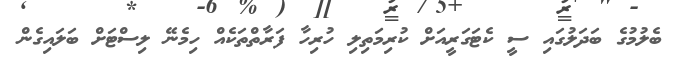
ބެލުމުގެ ބަދަލުގައި ސީ ކެޓަގަރީއަށް ކުރިމަތިލި ހުރިހާ ފަރާތްތަކެއް ހިމެނޭ ލިސްޓަށް ބަލައިގެން